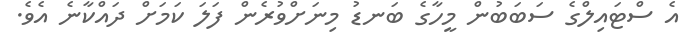
އެ ސްޓައިލްގެ ސަބަބުން މީހާގެ ބަނޑު މިނަށްވުރެން ފަލަ ކަމަށް ދައްކާނެ އެވެ.